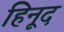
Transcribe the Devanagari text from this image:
हिनूद